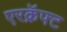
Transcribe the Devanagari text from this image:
एरक्रॅफ्ट